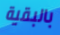
بالبقية